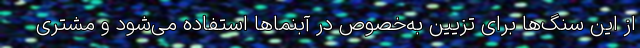
از این سنگ‌ها برای تزیین به‌خصوص در آبنماها استفاده می‌شود و مشتری